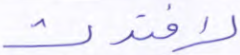
لافتدت